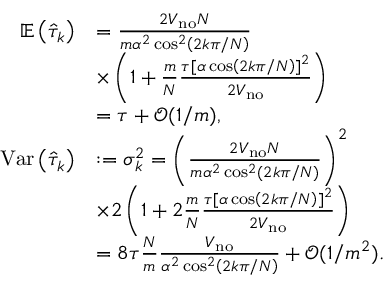
\begin{array} { r l } { \mathbb { E } \left( \hat { \tau } _ { k } \right) } & { = \frac { 2 V _ { \mathrm { n o } } N } { m \alpha ^ { 2 } \cos ^ { 2 } \left( 2 k \pi / N \right) } } \\ & { \times \left( 1 + \frac { m } { N } \frac { \tau \lbrack \alpha \cos \left( 2 k \pi / N \right) ] ^ { 2 } } { 2 V _ { \mathrm { n o } } } \right) } \\ & { = \tau + \mathcal { O } ( 1 / m ) , } \\ { \mathrm { V a r } \left( \hat { \tau } _ { k } \right) } & { : = \sigma _ { k } ^ { 2 } = \left( \frac { 2 V _ { \mathrm { n o } } N } { m \alpha ^ { 2 } \cos ^ { 2 } \left( 2 k \pi / N \right) } \right) ^ { 2 } } \\ & { \times 2 \left( 1 + 2 \frac { m } { N } \frac { \tau \lbrack \alpha \cos \left( 2 k \pi / N \right) ] ^ { 2 } } { 2 V _ { \mathrm { n o } } } \right) } \\ & { = 8 \tau \frac { N } { m } \frac { V _ { \mathrm { n o } } } { \alpha ^ { 2 } \cos ^ { 2 } \left( 2 k \pi / N \right) } + \mathcal { O } ( 1 / m ^ { 2 } ) . } \end{array}